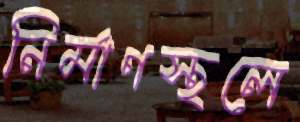
নির্মাণস্থলে